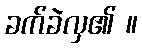
ခက်ခဲလှ၏ ။